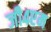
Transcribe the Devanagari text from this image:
जी४एम